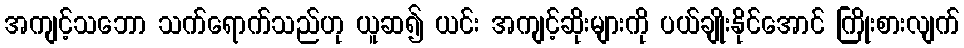
အကျင့်သဘော သက်ရောက်သည်ဟု ယူဆ၍ ယင်း အကျင့်ဆိုးများကို ပယ်ချိုးနိုင်အောင် ကြိုးစားလျက်